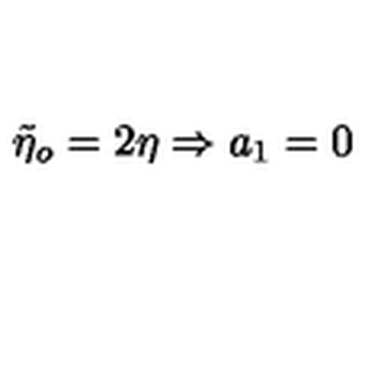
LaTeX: \tilde { \eta } _ { o } = 2 \eta \Rightarrow a _ { 1 } = 0